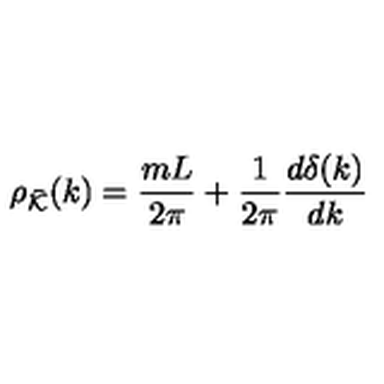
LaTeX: \rho _ { \bar { { \cal K } } } ( k ) = \frac { m L } { 2 \pi } + \frac { 1 } { 2 \pi } \frac { d \delta ( k ) } { d k }